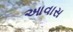
આવાસ